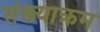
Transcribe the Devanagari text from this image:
संख्याक्रम